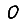
Digit: 0